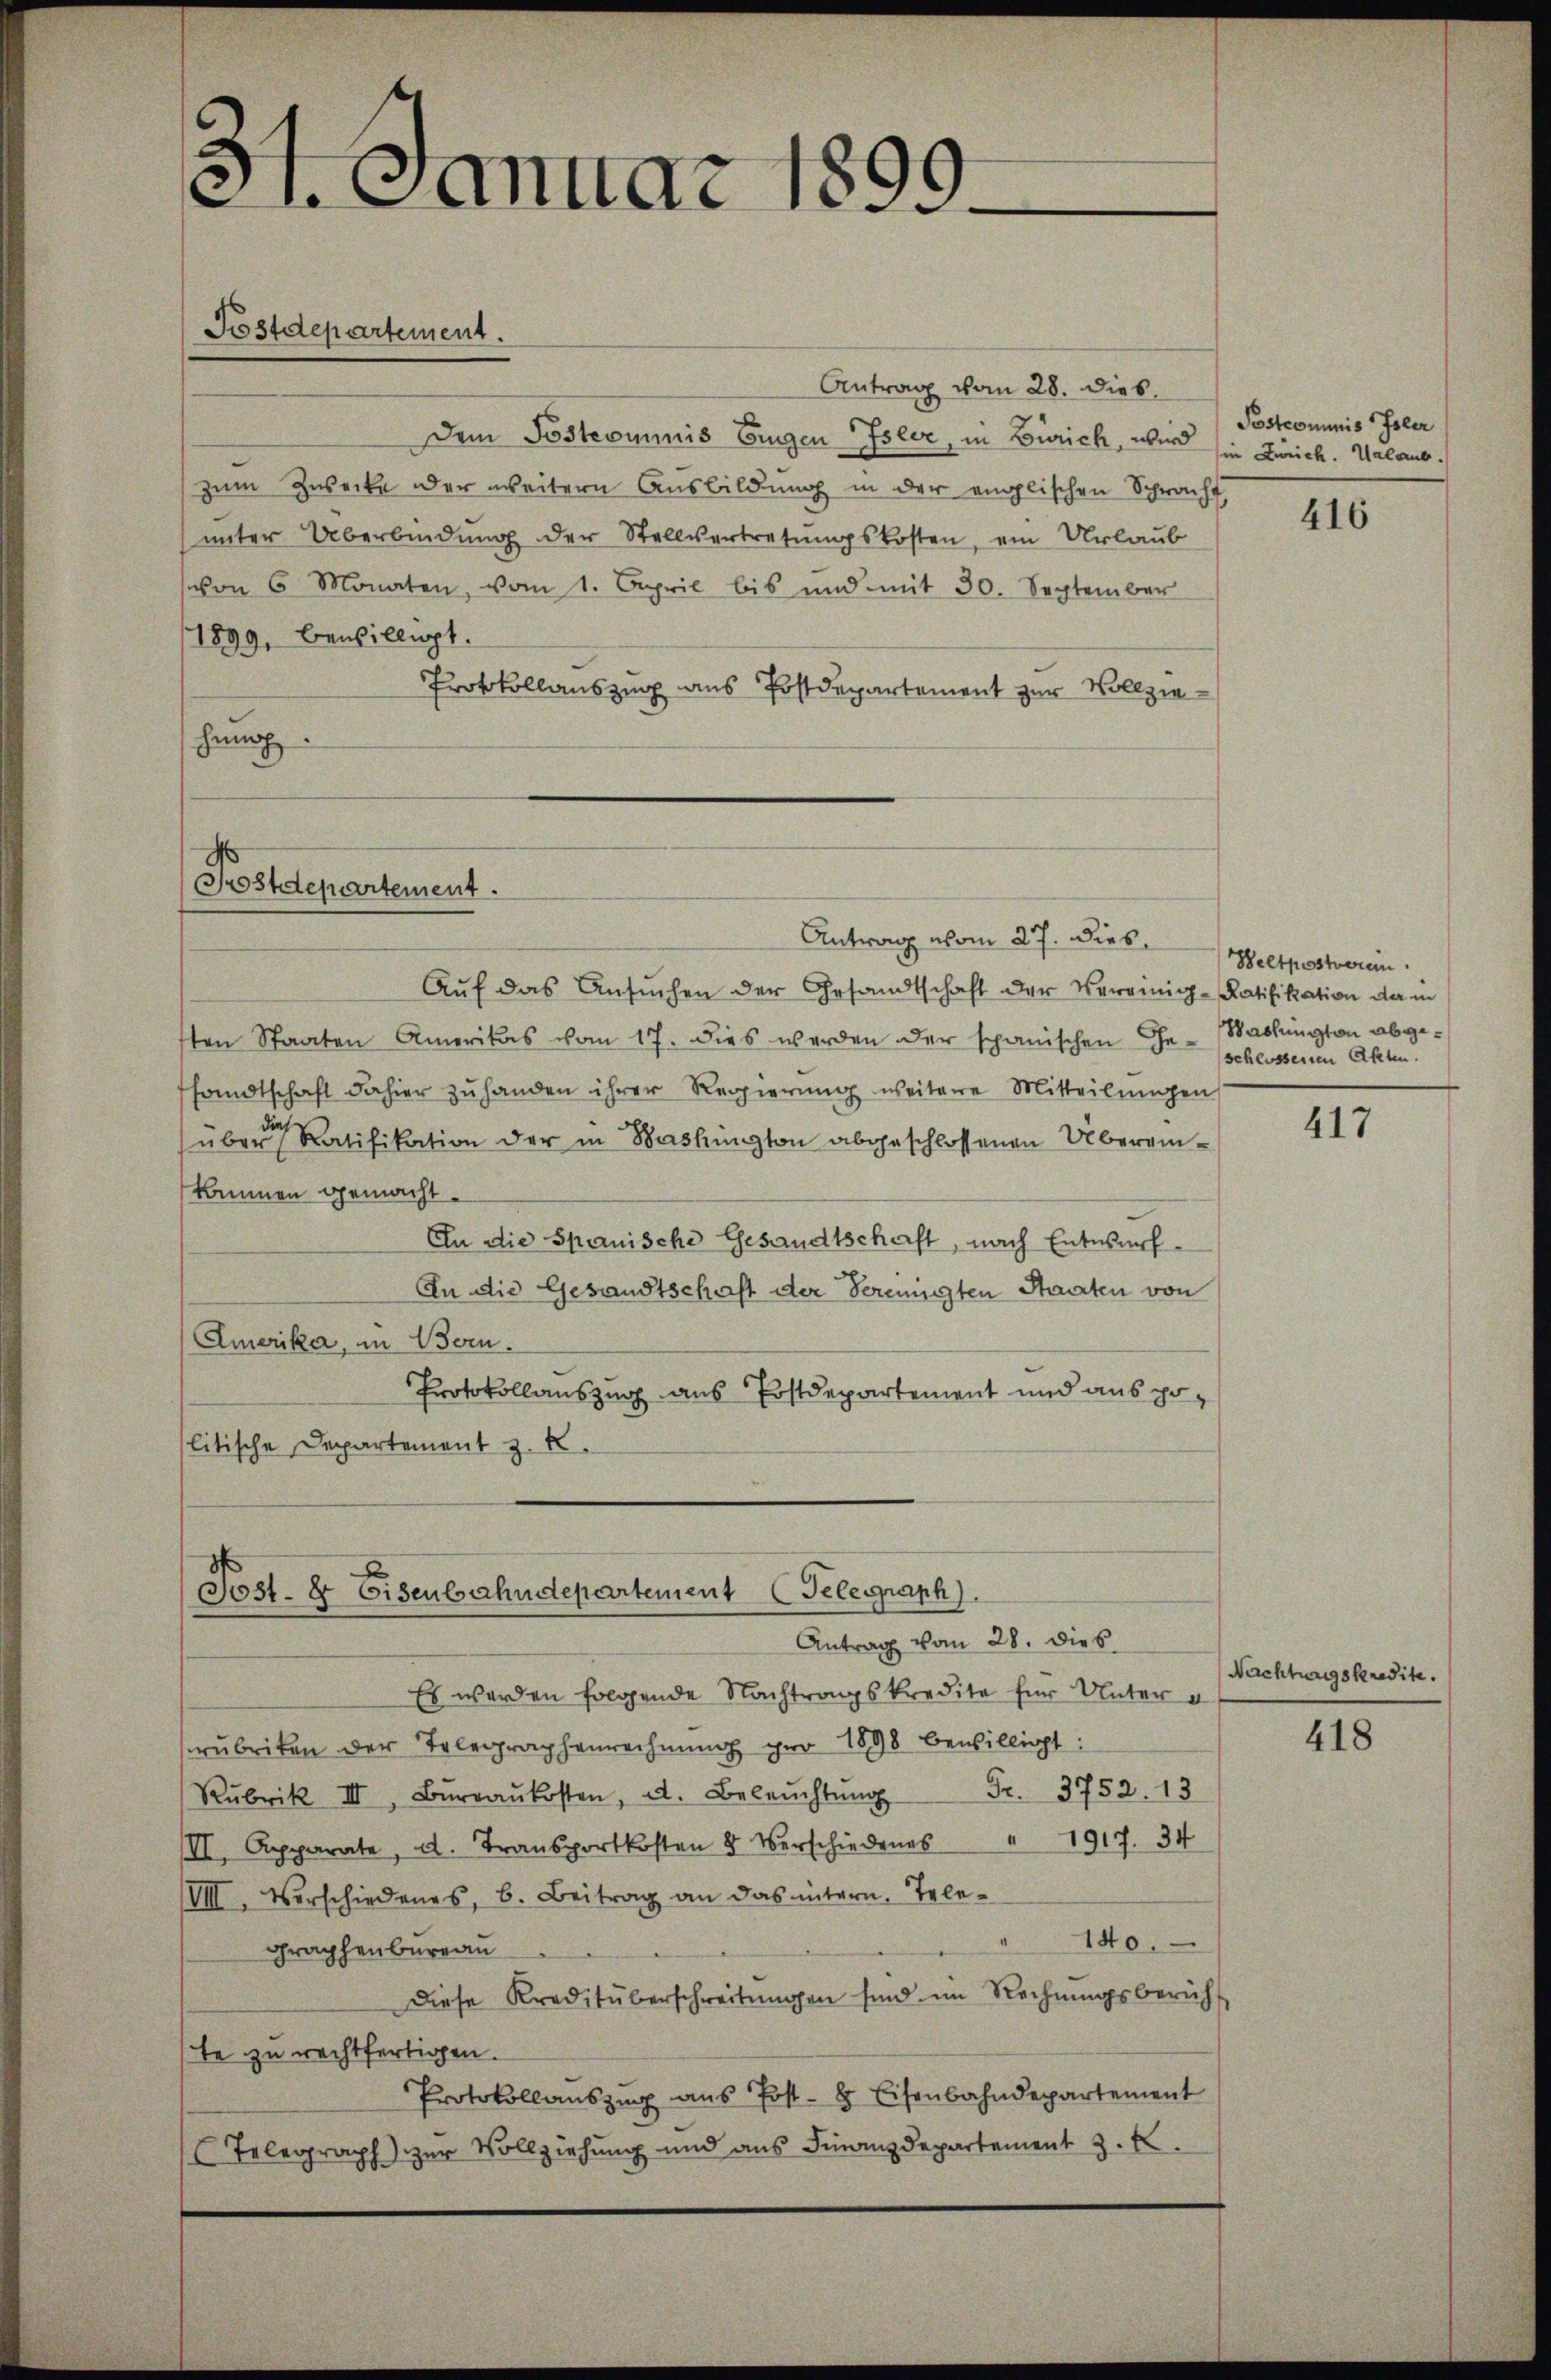
s
anuar 1899.

Postdepartement.

Antrag vom 28. dies
Dem Posteommnis Eigen Isler, in Zürich, wird sie Zürich. Urlaub.
zum Zwecke der weitern Ausbildung in der englischen Spracht
unter Überbindung der Stellvertretungskosten, ein Urlaub
on 6 Monaten, vom 1. April bis und mit 30. September
/1899, bewilligt.
Protokollauszug aus Postdepartement zur Vollziehung.

Postdepartement.

Antrag vom 27. Dies
Aŭf das Ansŭchen der Gesandtschaft der Vereinig-Ratifikation der in
sten Staaten Amerikas vom 17. dies werden der spanischen Ge- Washington abgesandtschaft dahier zŭ handen ihrer Regierung weitere Mitteilungen
über Ratifikation der in Bashington abgeschlossenen Übereinkommen gemacht.
An die Spornische Gesandtschaft, nach Entwurf
An die Gesandtschaft der Vereinigten Staaten von
Amerika, in Born.
Protokollauszug aus Postdepartement und aus politische Departement z. B.

d
Sost- & Eisenbahndepartement Telegraph).
Antrag vom 28. dies

Es werden folgende Nachtragskredite für Unter d
rubriken der Telegraphenrechnŭng pro 1898 bewilligt:
Rubrik III, Bŭraŭkosten, d. Beleŭchtŭng Fr. 3752. 13
III. Apparate, d. Transportkosten 8 Verschiedenes " 1917. 34
VIII. Verschiedenes, b. Beitrag an das intern. Tele-
" 140.
graphenbureau
Diese Kreditüberschreibungen sind im Rechnŭngsbericht
ste zu rechtfertigen.
Protokollaŭszŭg aŭs Post- & Eisenbahndepartement
Telegraph zur Vollziehung und ans Finanzdepartement z. B.

Postcommis Isler

416

Weltpostverein.
schlossenen Akten.

417

Nachtungskredite.

418